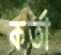
কর্তা